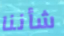
شأننا